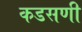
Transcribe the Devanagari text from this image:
कडसणी